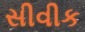
સીવીક